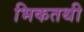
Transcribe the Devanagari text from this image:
भिकतथी